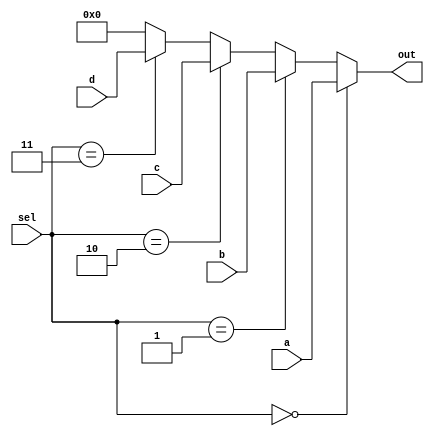
`timescale 1ns / 1ps

module mux_4_16(
    input [15:0] a, b, c, d,
    input [1:0] sel,
    output [15:0] out
    );
    
    assign out = (sel == 2'b00) ? a :
                 (sel == 2'b01) ? b :
                 (sel == 2'b10) ? c :
                 (sel == 2'b11) ? d :
                 16'b0; // default case to handle any unexpected values
    
endmodule